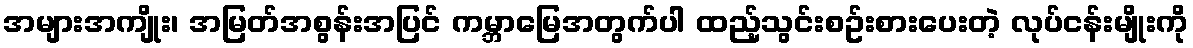
အများအကျိုး၊ အမြတ်အစွန်းအပြင် ကမ္ဘာမြေအတွက်ပါ ထည့်သွင်းစဥ်းစားပေးတဲ့ လုပ်ငန်းမျိုးကို